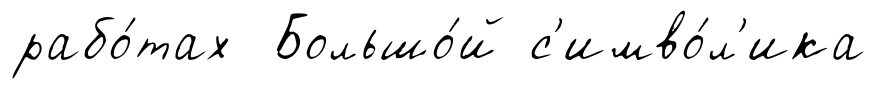
рабо́тах Большо́й с'имво́л'ика